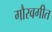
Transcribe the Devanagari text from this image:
गौरवगीत